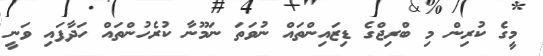
މީގެ ކުރިން މި ބްރިޖްގެ ޑިޒައިންތައް ނުވަތަ ނަމޫނާ ކުރެހުންތައް ހަދާފައި ވަނީ